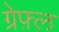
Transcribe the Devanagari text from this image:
ग्रेफ़्ल